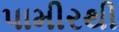
પામીરથી